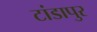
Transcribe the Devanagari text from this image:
टांडापुर